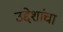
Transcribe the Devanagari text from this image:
उद्देशांचा